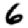
Digit: 6